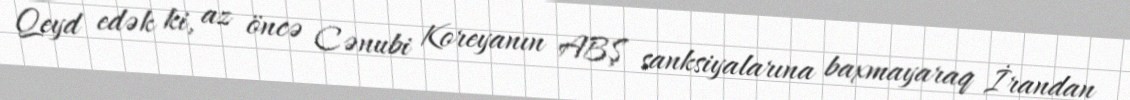
Qeyd edək ki, az öncə Cənubi Koreyanın ABŞ sanksiyalarına baxmayaraq İrandan